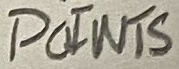
Text: POINTS